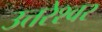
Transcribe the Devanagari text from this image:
उत्तरेश्‍वर